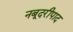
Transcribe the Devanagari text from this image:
नबूदरीपाद